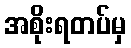
အစိုးရတပ်မှ